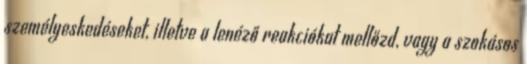
személyeskedéseket, illetve a lenéző reakciókat mellőzd, vagy a szokásos